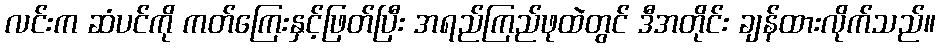
လင်းက ဆံပင်ကို ကတ်ကြေးနှင့်ဖြတ်ပြီး အရည်ကြည်ဖုထဲတွင် ဒီအတိုင်း ချန်ထားလိုက်သည်။